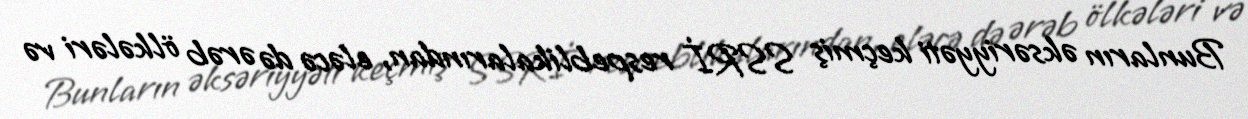
Bunların əksəriyyəti keçmiş SSRİ respeblikalarından, eləcə də ərəb ölkələri və